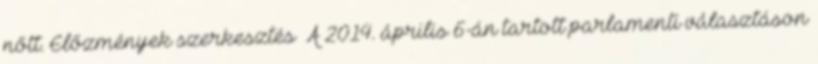
nőtt. Előzmények szerkesztés A 2014. április 6-án tartott parlamenti választáson